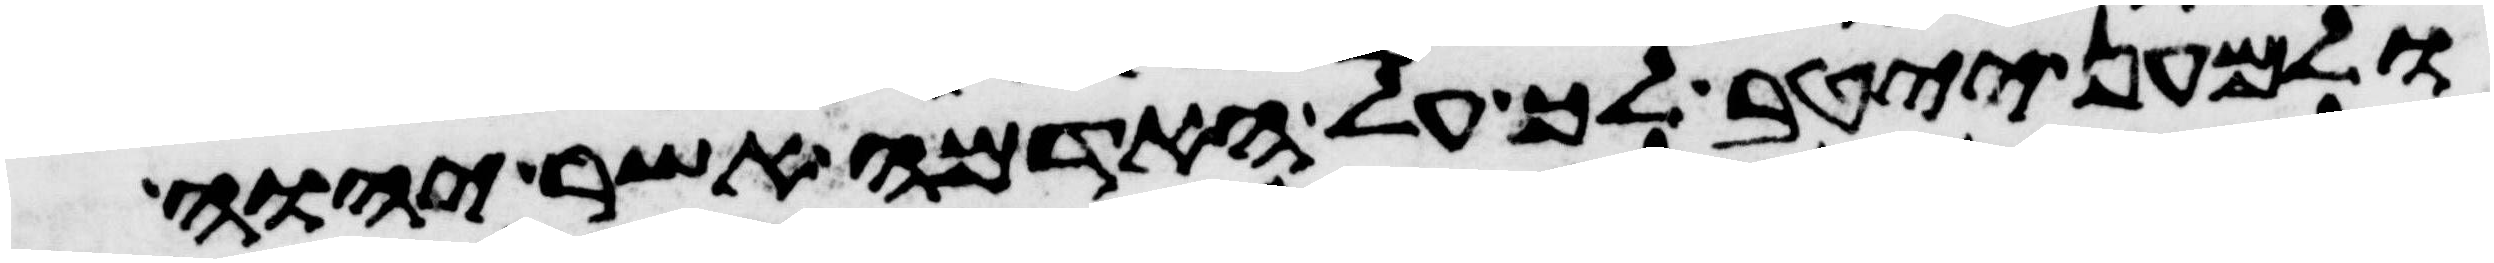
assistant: ולמען ייטב לך על האדמה אשר יהוה